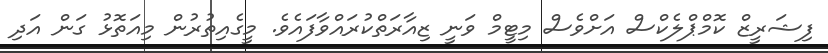
ފިޝަރީޒް ކޮމްޕްލެކްސް އަށްވެސް މިޓީމް ވަނީ ޒިއާރަތްކުރައްވާފައެވެ. މީގެއިތުރުން މިއަތޮޅު ގަން އަދި